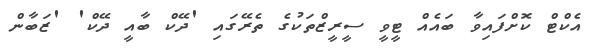
އެކްޓް ކޮށްފައިވާ ބައެއް ޓީވީ ސީރީޒްތަކުގެ ތެރޭގައި 'ދޭކް ބާއީ ދޭކް' 'ޒަބާން